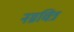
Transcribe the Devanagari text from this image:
नग्नचित्र